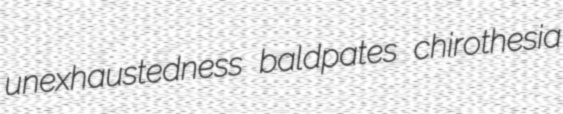
unexhaustedness baldpates chirothesia